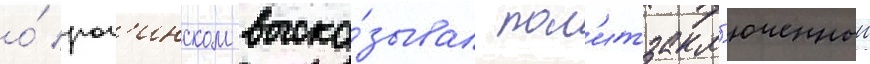
о́ рог'инском выска́зывал пол'итзакл'юченныи